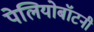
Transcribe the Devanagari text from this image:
पेलियोबॉटनी